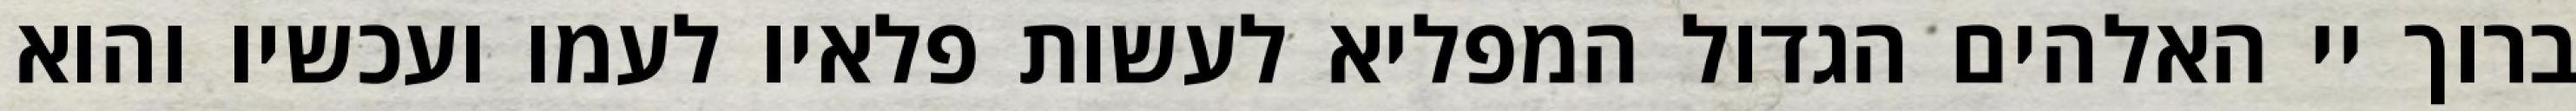
ברוך יי האלהים הגדול המפליא לעשות פלאיו לעמו ועכשיו והוא